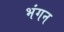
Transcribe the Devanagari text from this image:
भंगन